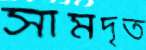
সামদৃত